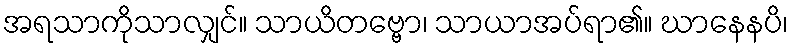
အရသာကိုသာလျှင်။ သာယိတဗ္ဗော၊ သာယာအပ်ရာ၏။ ဃာနေနပိ၊